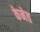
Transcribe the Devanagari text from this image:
केनेत